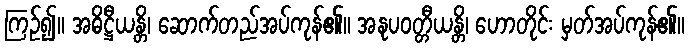
ကြဉ်၍။ အဓိဋ္ဌီယန္တိ၊ ဆောက်တည်အပ်ကုန်၏။ အနုပဝတ္တီယန္တိ၊ ဟောတိုင်း မှတ်အပ်ကုန်၏။